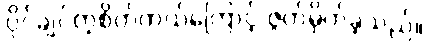
ပိုင်ချင်တဲ့စိတ်ကယ်ကြောင့် ဇွတ်မှိတ်ခဲ့သည်။